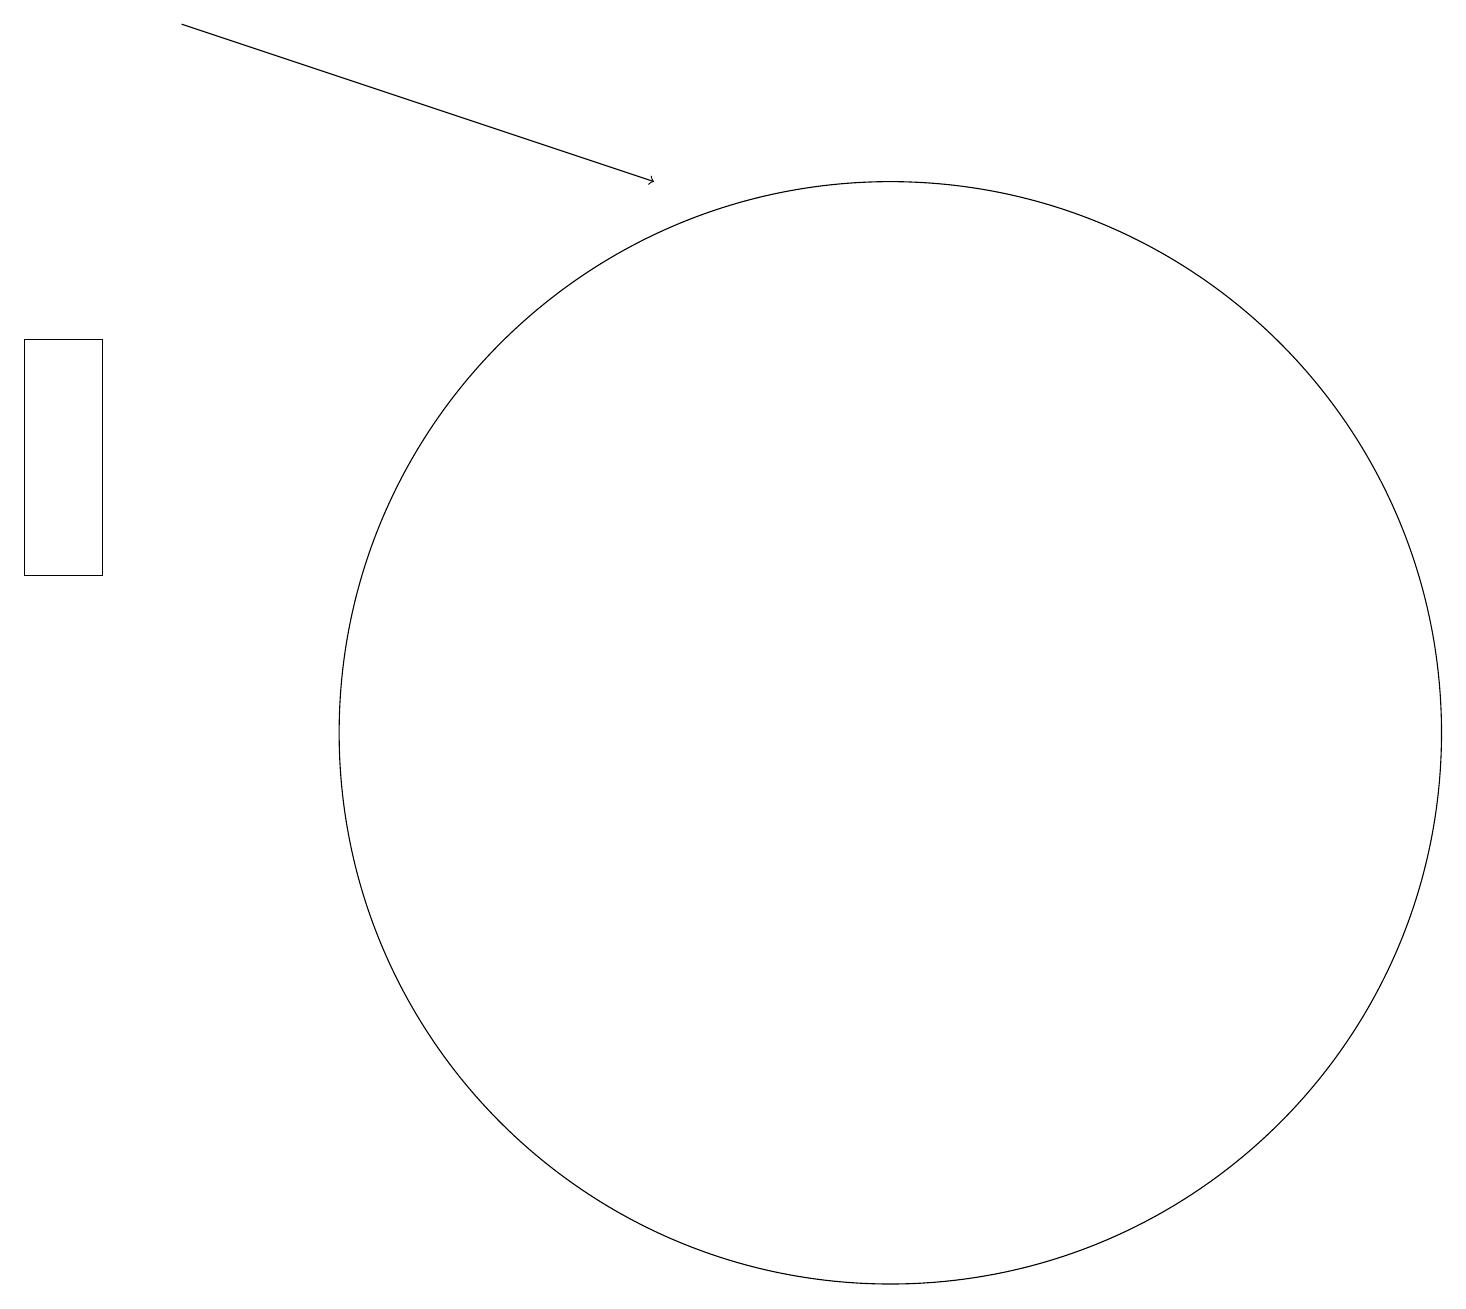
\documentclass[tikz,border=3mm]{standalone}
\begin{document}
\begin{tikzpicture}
\draw (11,10) circle (0);
\draw[->] (2,19) -- (8,17);
\draw (11,10) circle (7);
\draw (0,15) rectangle (1,12);
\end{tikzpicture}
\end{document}